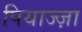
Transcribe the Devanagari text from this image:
पियाज्ज़ा